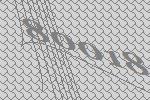
80018